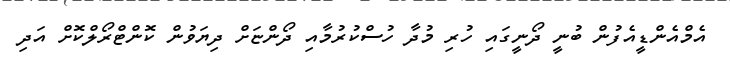
އެމްއެންޑީއެފުން ބުނީ ދޯނީގައި ހުރި މުދާ ހުސްކުރުމާއި ދޯންޏަށް ދިޔަވުން ކޮންޓްރޯލްކޮށް އަދި